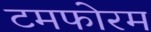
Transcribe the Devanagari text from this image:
टमफोरम